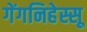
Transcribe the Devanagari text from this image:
गेंगनिहेस्सू